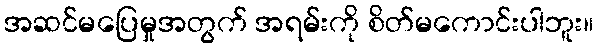
အဆင်မပြေမှုအတွက် အရမ်းကို စိတ်မကောင်းပါဘူး။